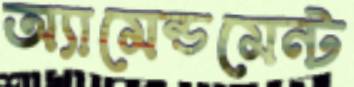
অ্যামেন্ডমেন্ট